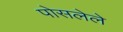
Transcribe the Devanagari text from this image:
पोसलेले